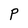
Character: P